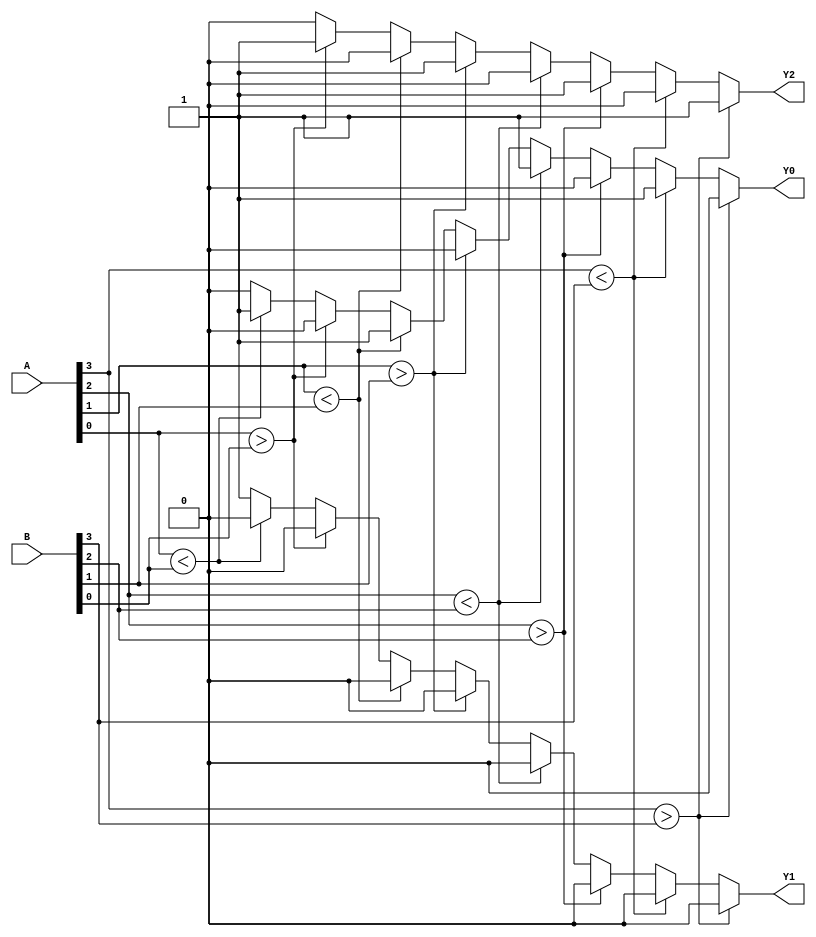
`timescale 1ns/1ns

module comparator_4(
	input [3:0] A,
	input [3:0]	B,
 	output wire	Y2, //A>B
	output wire Y1, //A=B
    output wire Y0//A<B
);
reg y2;
reg y1;
reg y0;
always@(*)begin
	y2 = 1'b0;  //0WA0
	y1 = 1'b0;
	y0 = 1'b0;
	if(A[3]>B[3])
	y2 = 1'b1;
	else if (A[3]<B[3])
	y0 = 1'b1;
	else 
	begin
		if(A[2]>B[2])
		y2 = 1'b1;
		else if (A[2]<B[2])
		y0 = 1'b1;
		else
		begin
			if(A[1]>B[1])
			y2 = 1'b1;
			else if(A[1]<B[1])
			y0 = 1'b1;
			else
			begin
				if(A[0]>B[0])
				y2 = 1'b1;
				else if(A[0]<B[0])
				y0 = 1'b1;
				else
				y1 = 1'b1;
			end
		end
	end
end
assign Y2 = y2;
assign Y1 = y1;
assign Y0 = y0;
endmodule